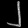
Digit: ၂